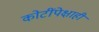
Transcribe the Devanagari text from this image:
कोटींपेक्षाही